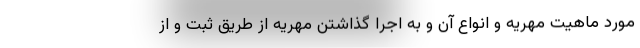
مورد ماهیت مهریه و انواع آن و به اجرا گذاشتن مهریه از طریق ثبت و از